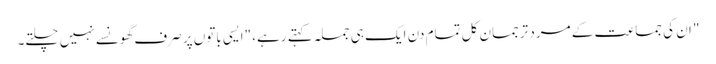
" ان کی جماعت کے مرد ترجمان کل تمام دن ایک ہی جملہ کہتے رہے، "ایسی باتوں پر صرف گھونسے نہیں چلتے۔